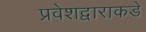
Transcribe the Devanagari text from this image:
प्रवेशद्वाराकडे